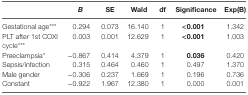
<table><thead><tr><td></td><td><b><i>B</i></b></td><td><b>SE</b></td><td><b>Wald</b></td><td><b>df</b></td><td><b>Significance</b></td><td><b>Exp(B)</b></td></tr></thead><tbody><tr><td>Gestational age***</td><td>0.294</td><td>0.073</td><td>16.140</td><td>1</td><td><b>&lt;0.001</b></td><td>1.342</td></tr><tr><td>PLT after 1st COXI cycle***</td><td>0.003</td><td>0.001</td><td>12.629</td><td>1</td><td><b>&lt;0.001</b></td><td>1.003</td></tr><tr><td>Preeclampsia*</td><td>−0.867</td><td>0.414</td><td>4.379</td><td>1</td><td><b>0.036</b></td><td>0.420</td></tr><tr><td>Sepsis/infection</td><td>0.315</td><td>0.464</td><td>0.460</td><td>1</td><td>0.497</td><td>1.370</td></tr><tr><td>Male gender</td><td>−0.306</td><td>0.237</td><td>1.669</td><td>1</td><td>0.196</td><td>0.736</td></tr><tr><td>Constant</td><td>−0.922</td><td>1.967</td><td>12.380</td><td>1</td><td>0.000</td><td>0.001</td></tr></tbody></table>